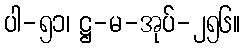
ပါ-၅၁၊ ဋ္ဌ-မ-အုပ်-၂၅၆။